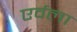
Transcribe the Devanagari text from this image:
एर्वला